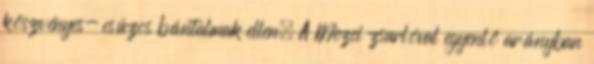
köszvényes- csúzos bántalmak ellen. A Mezei zsurlóval egyenlő arányban